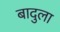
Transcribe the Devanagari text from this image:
बादुला